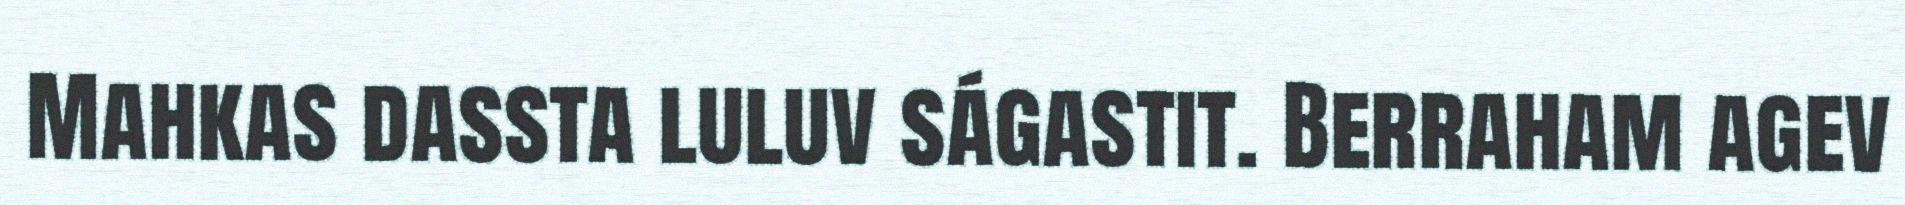
Mahkas dassta luluv ságastit. Berraham agev